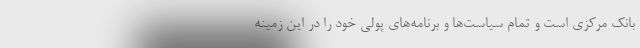
بانک مرکزی است و تمام سیاست‌ها و برنامه‌های پولی خود را در این زمینه